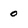
Character: 0